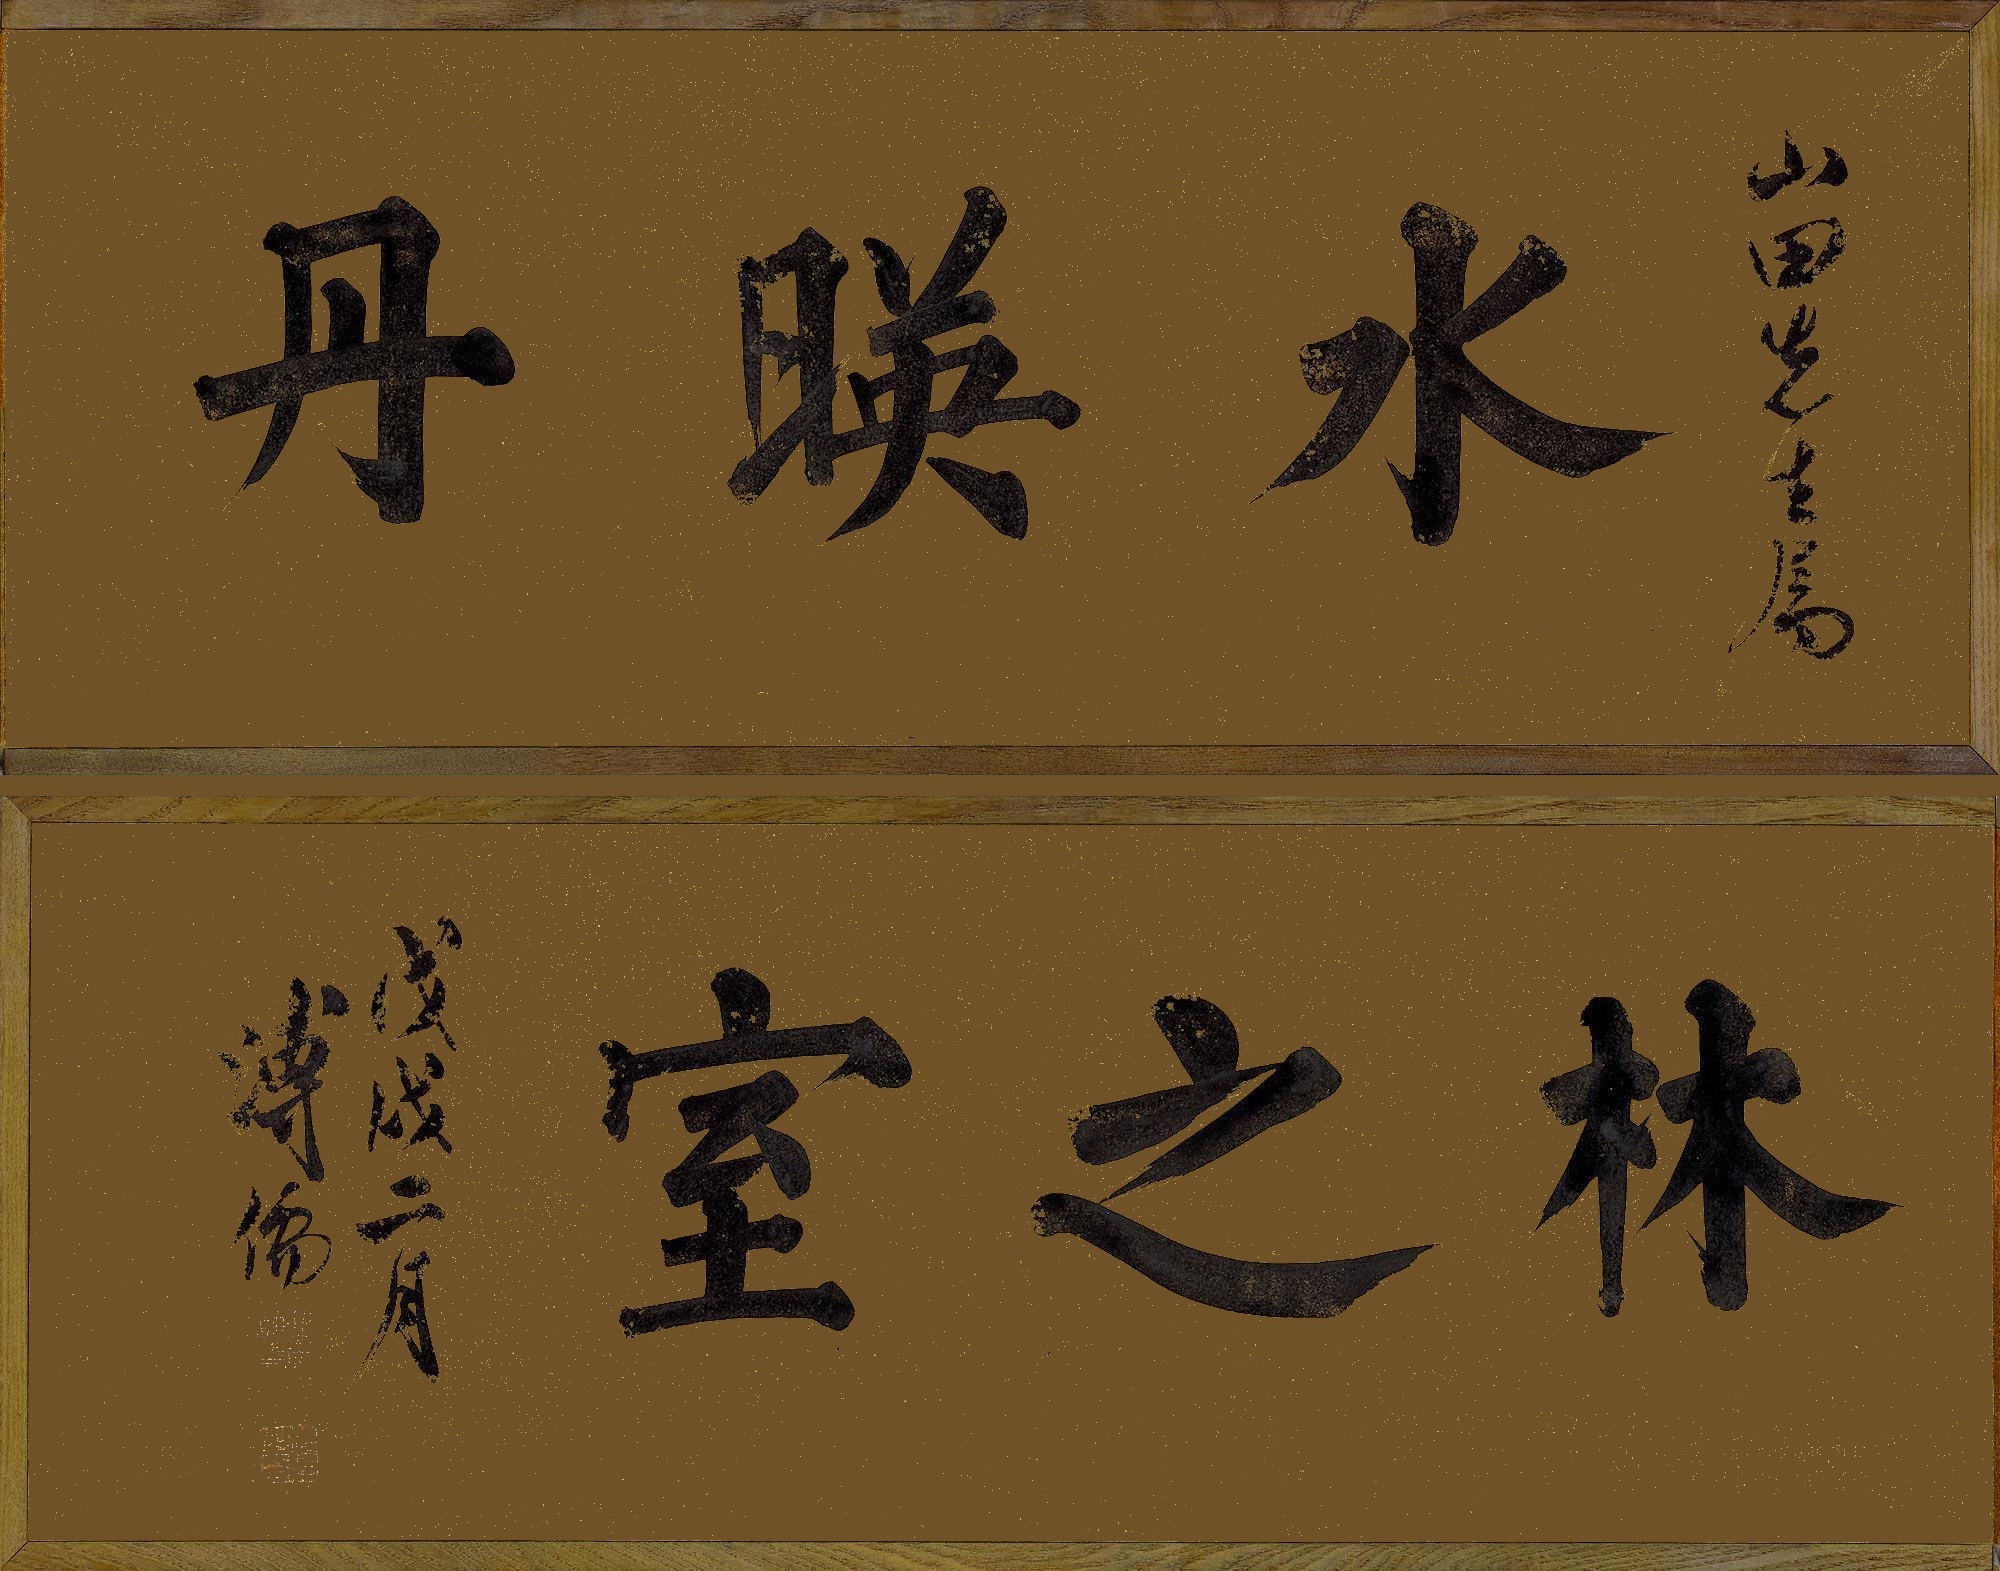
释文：水暎丹林之室山田先生属戊戌二月溥儒。